Scottish Leaving Certificate Examination, 1960
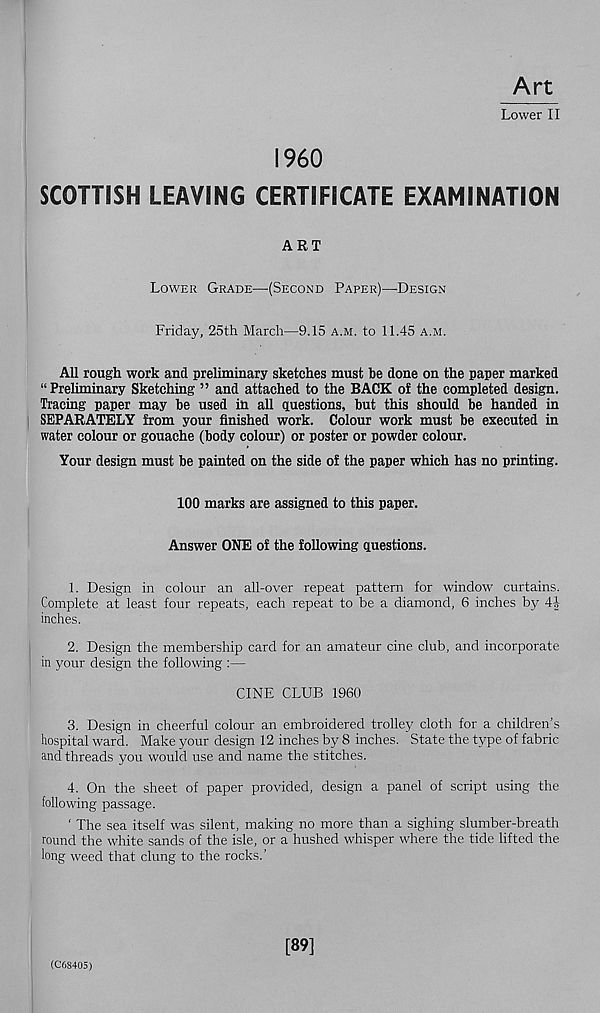
Art
Lower II
I960
SCOTTISH LEAVING CERTIFICATE EXAMINATION
ART
Lower Grade—-(Second Paper)—Design
Friday, 25th March—9.15 a.m. to 11.45 a.m.
All rough work and preliminary sketches must be done on the paper marked
“ Preliminary Sketching ” and attached to the BACK of the completed design.
Tracing paper may be used in all questions, but this should be handed in
SEPARATELY from your finished work. Colour work must be executed in
water colour or gouache (body colour) or poster or powder colour.
Your design must be painted on the side of the paper which has no printing.
100 marks are assigned to this paper.
Answer ONE of the following questions.
1. Design in colour an all-over repeat pattern for window curtains.
Complete at least four repeats, each repeat to be a diamond, 6 inches by 4J
inches.
2. Design the membership card for an amateur cine club, and incorporate
in your design the following :—
CINE CLUB 1960
3. Design in cheerful colour an embroidered trolley cloth for a children’s
hospital ward. Make your design 12 inches by 8 inches. State the type of fabric
and threads you would use and name the stitches.
4. On the sheet of paper provided, design a panel of script using the
following passage.
‘ The sea itself was silent, making no more than a sighing slumber-breath
round the white sands of the isle, or a hushed whisper where the tide lifted the
long weed that clung to the rocks.’
(C68405)
[89]